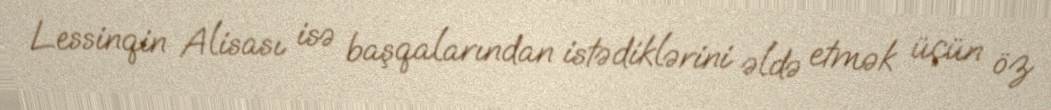
Lessinqin Alisası isə başqalarından istədiklərini əldə etmək üçün öz